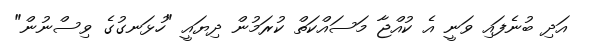
އަދި ބުނެފައި ވަނީ އެ ކުއްޖާ މަސައްކަތް ކުރަމުން ދިޔައީ "ހުޅަނގުގެ ވިސްނުން"